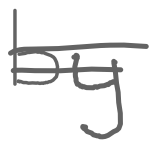
Text: by
Cross-out: double-line
Writing tool: digital_gray